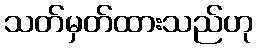
သတ်မှတ်ထားသည်ဟု